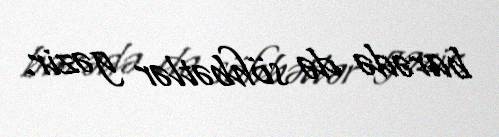
barədə də söhbətlər gəzir.